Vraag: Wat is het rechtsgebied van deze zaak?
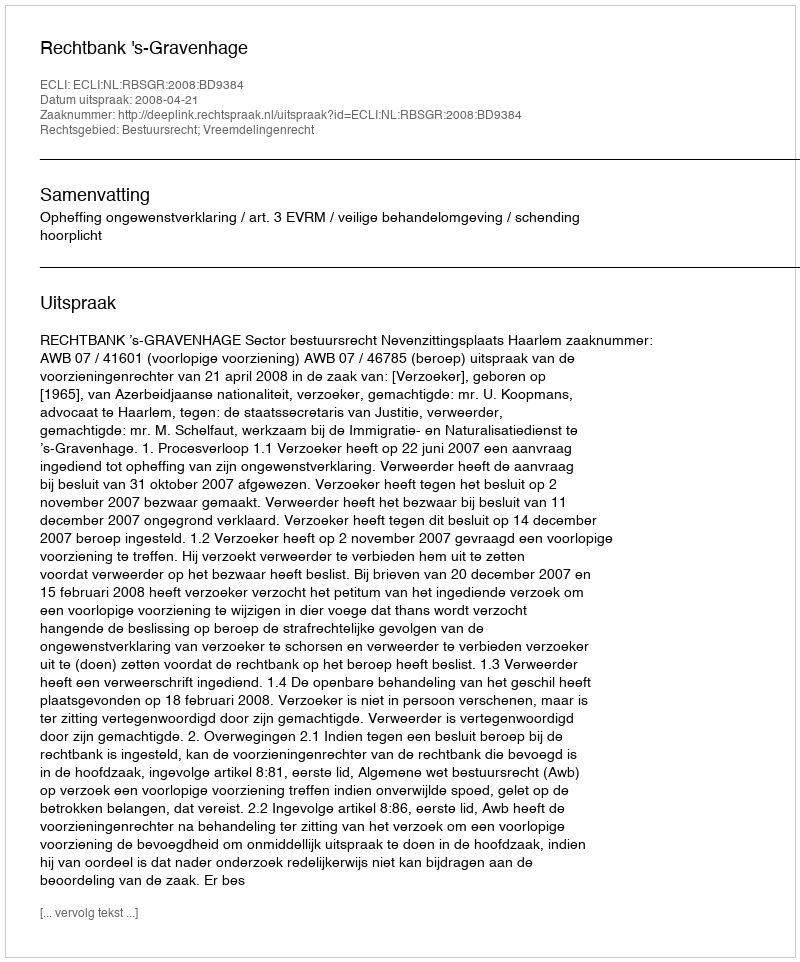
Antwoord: Bestuursrecht; Vreemdelingenrecht